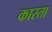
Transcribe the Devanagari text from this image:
कास्ता